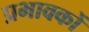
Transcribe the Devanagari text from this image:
प्रभावकों